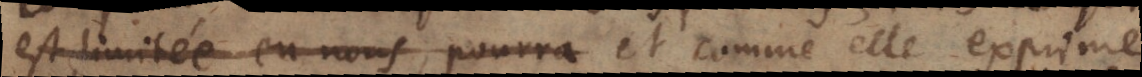
est limité en nous, pourra et comme elle exprime